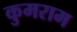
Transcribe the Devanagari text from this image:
कुमराम